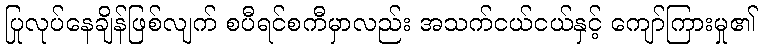
ပြုလုပ်နေချိန်ဖြစ်လျက် စပီရင်စကီမှာလည်း အသက်ငယ်ငယ်နှင့် ကျော်ကြားမှု၏